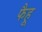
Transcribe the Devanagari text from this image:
फैहू